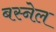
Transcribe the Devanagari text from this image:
बस्नेल